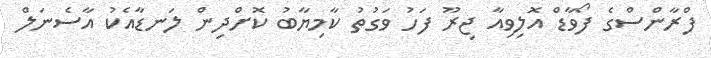
ފްރާންސްގެ ފޯވާޑް އޮލިވިއާ ޖިރޫ ފަހު ވަގުތު ކާމިޔާބު ކޮށްދިން ލަނޑާއެކު އާސެނަލް